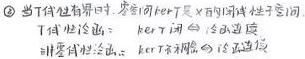
$\textcircled{2}$ 当 \(T\) 但有界时，空间 \(X\) 可闭线性子空间 \(T\) 闭性推出 \(T\) 线性泛函出。ker \(T\) 闭的，冷涵适续